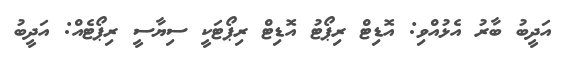
އަދީބު ބާރު އެޅުއްވި: އޮޑިޓް ރިޕޯޓު އޮޑިޓް ރިޕޯޓަކީ ސިޔާސީ ރިޕޯޓެއް: އަދީބު